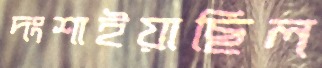
দংশাইয়াছিল